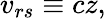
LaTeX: v_{rs}\equiv cz,